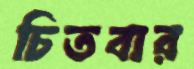
চিতবার